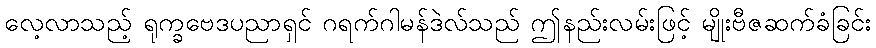
လေ့လာသည့် ရုက္ခဗေဒပညာရှင် ဂရက်ဂါမန်ဒဲလ်သည် ဤနည်းလမ်းဖြင့် မျိုးဗီဇဆက်ခံခြင်း